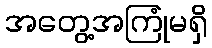
အတွေ့အကြုံမရှိ